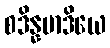
စဒိန္နမာဒိယေ